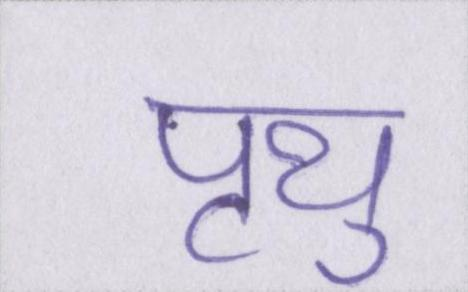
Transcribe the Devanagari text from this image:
पृथु